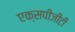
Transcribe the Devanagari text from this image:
एक्सपीजीटी